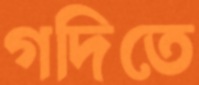
গদিতে